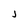
Character: j